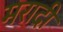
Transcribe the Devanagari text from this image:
मरादी